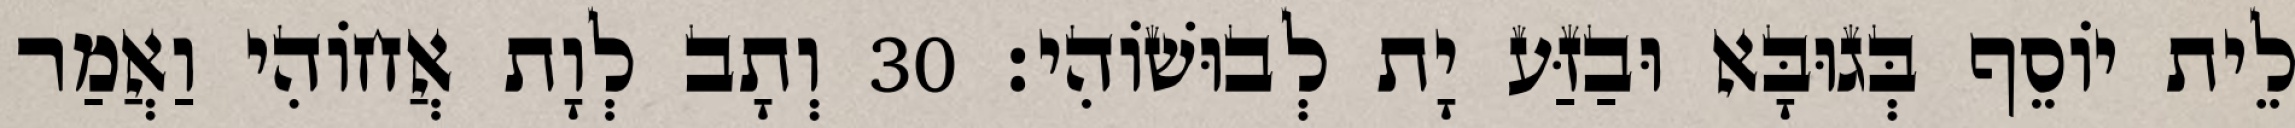
לֵית יוֹסֵף בְּגוּבָּא וּבַזַּע יָת לְבוּשׁוֹהִי׃ 30 וְתָב לְוָת אֲחוֹהִי וַאֲמַר